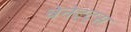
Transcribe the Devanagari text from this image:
बेनेट्ट्स